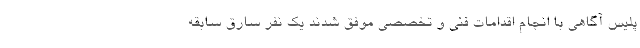
پلیس آگاهی با انجام اقدامات فنی و تخصصی موفق شدند یک نفر سارق سابقه